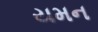
યમન